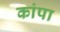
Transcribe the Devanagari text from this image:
कांपा